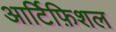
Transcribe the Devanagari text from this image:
आर्टिफ़िशल